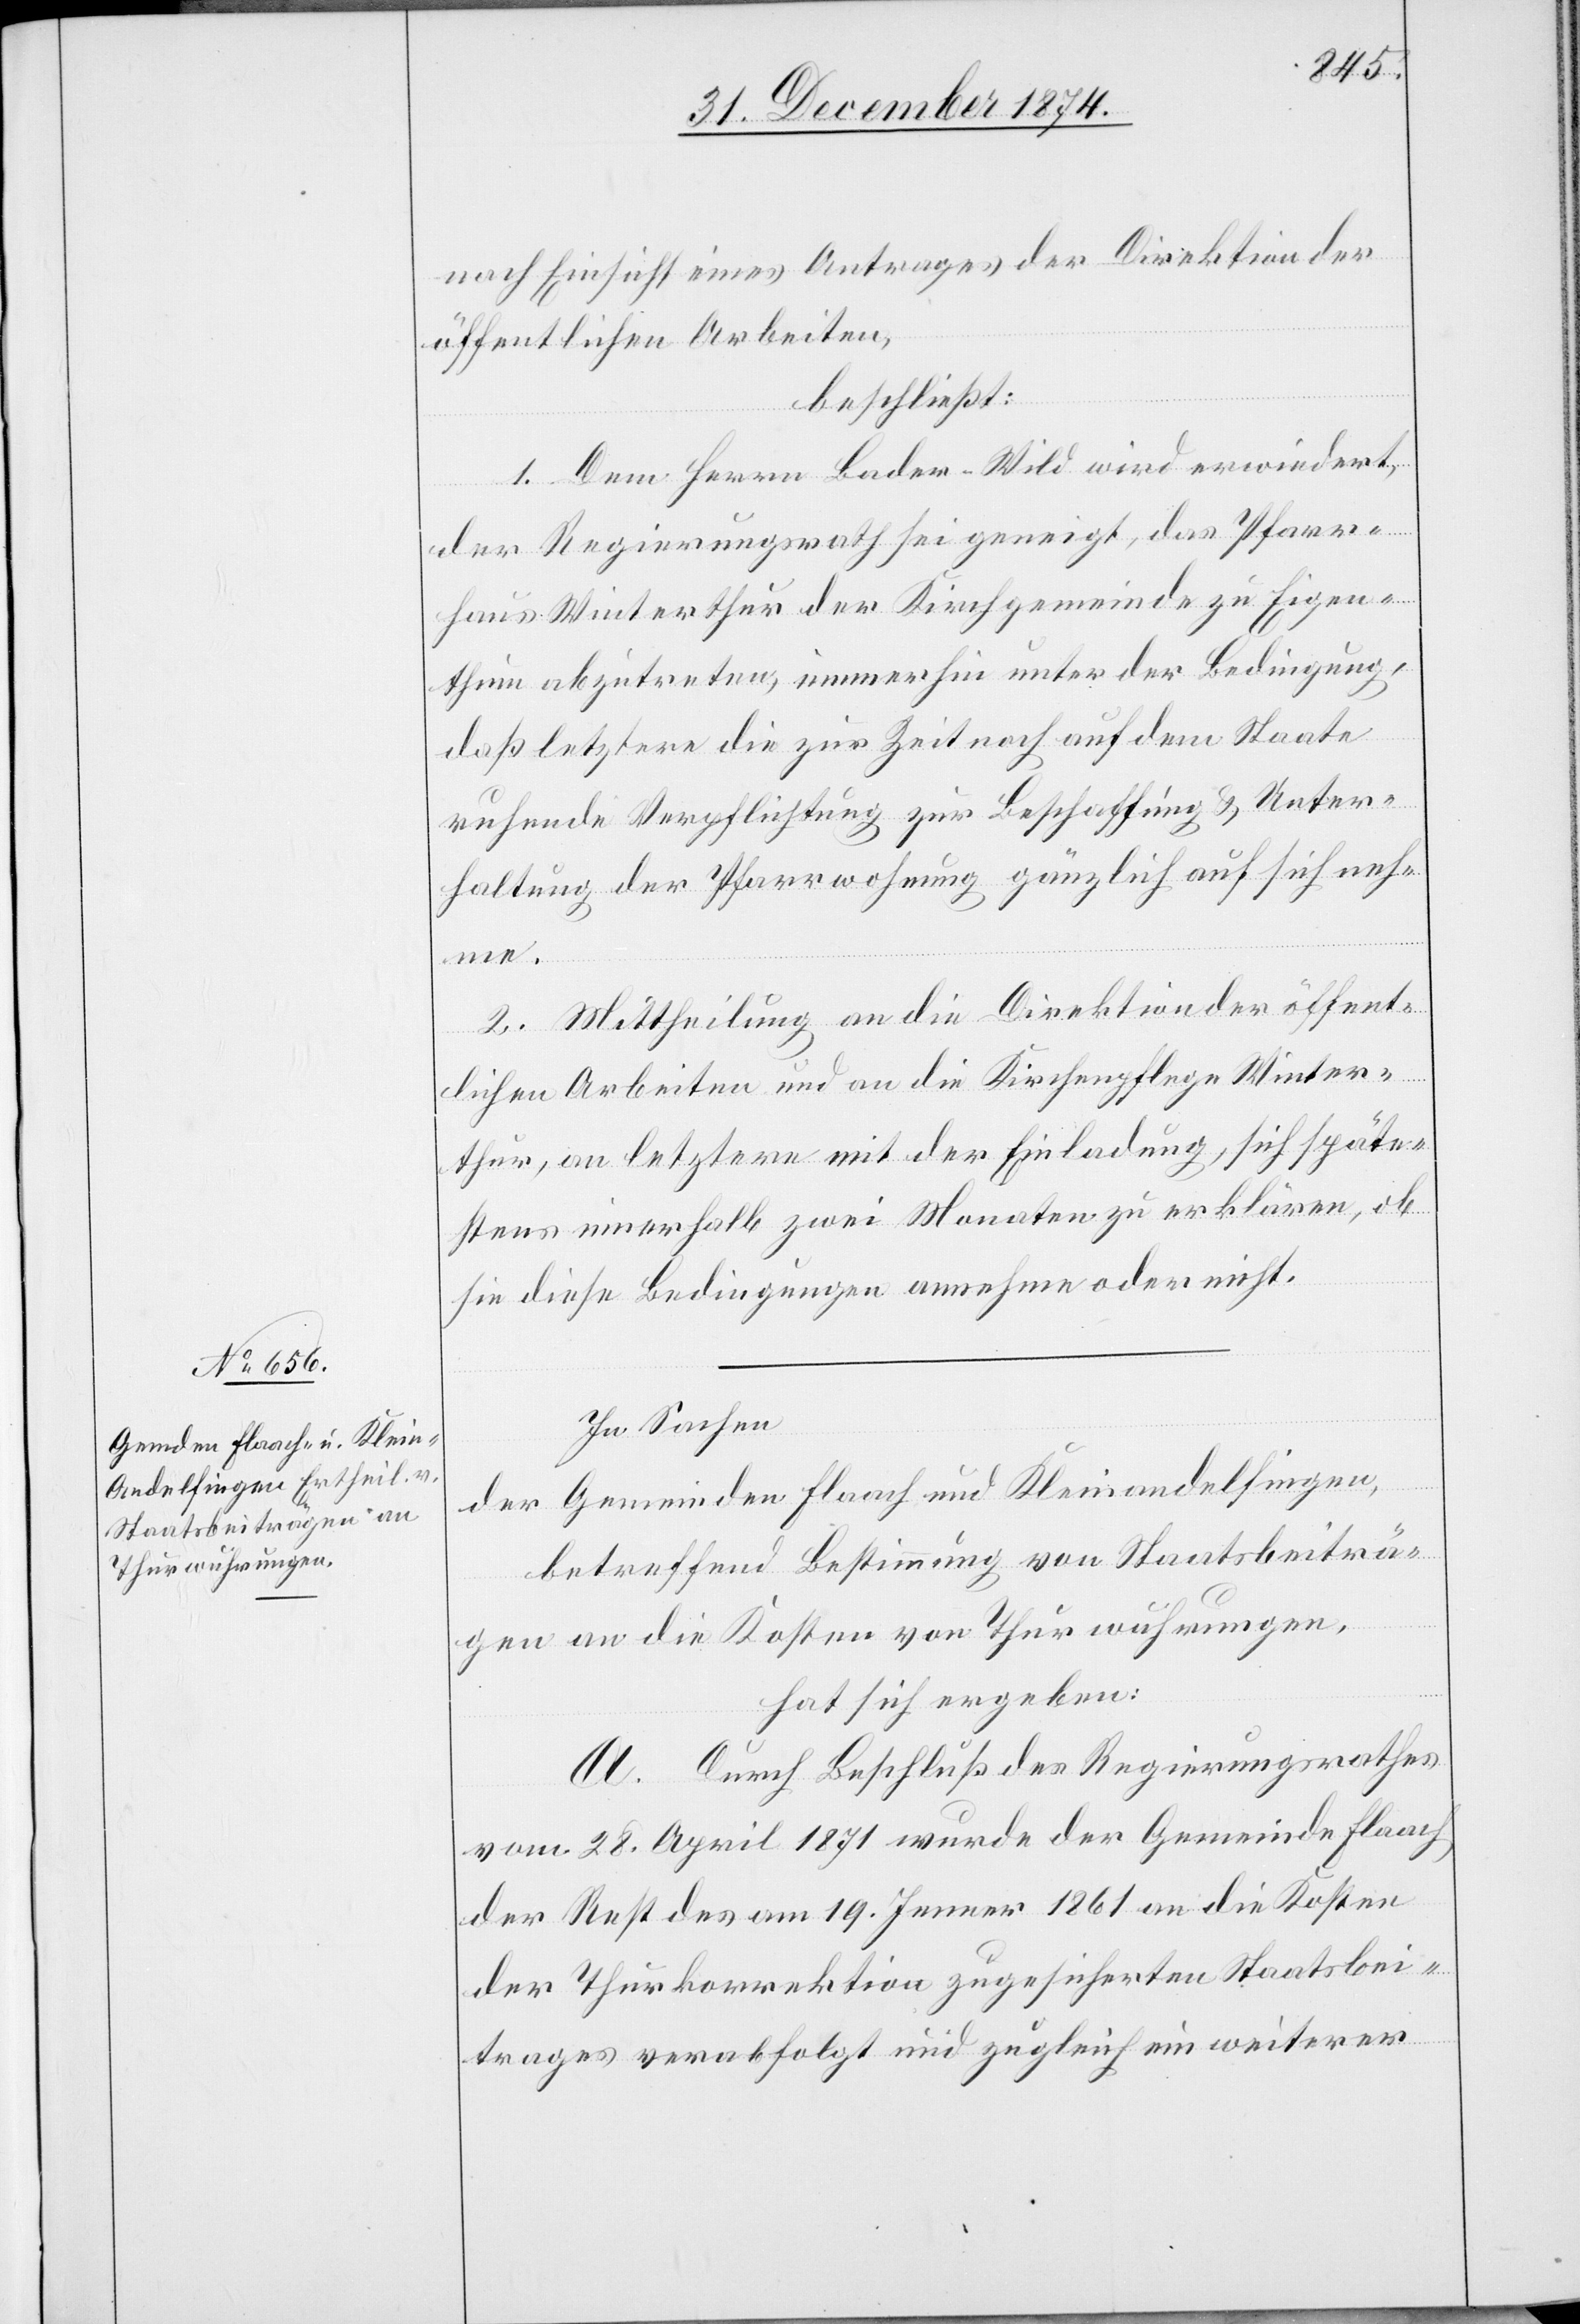
nach Einsicht eines Antrages der Direktion der
öffentlichen Arbeiten,
beschließt:
1. Dem Herrn Bader-Wild wird erwiedert,
der Regierungsrath sei geneigt, das Pfarr¬
haus Winterthur der Kirchgemeinde zu Eigen¬
thum abzutreten, immerhin unter der Bedingung,
daß letztere die zur Zeit noch auf dem Staate
ruhende Verpflichtung zur Beschaffung & Unter¬
haltung der Pfarrwohnung gänzlich auf sich neh¬
me.
2. Mittheilung an die Direktion der öffent¬
lichen Arbeiten und an die Kirchenpflege Winter¬
thur, an letztere mit der Einladung, sich späte¬
stens innerhalb zwei Monaten zu erklären, ob
sie diese Bedingungen annehme oder nicht.
In Sachen
der Gemeinden Flaach und Kleinandelfingen,
betreffend Bestimmung von Staatsbeiträ¬
gen an die Kosten von Thurwuhrungen,
hat sich ergeben:
A. Durch Beschluß des Regierungsrathes
vom 28. April 1871 wurde der Gemeinde Flaach
der Rest des am 19. Jenner 1861 an die Kosten
der Thurkorrektion zugesicherten Staatsbei¬
trages verabfolgt und zugleich ein weiterer